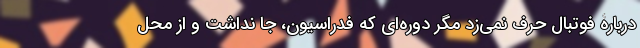
دربارۀ فوتبال حرف نمی‌زد مگر دوره‌ای که فدراسیون، جا نداشت و از محل